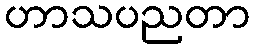
ဟာသပညတာ